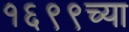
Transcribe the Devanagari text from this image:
१६९९च्या